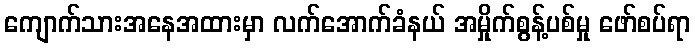
ကျောက်သားအနေအထားမှာ လက်အောက်ခံနယ် အမှိုက်စွန့်ပစ်မှု ဖော်စပ်ရာ